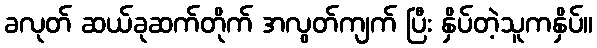
ခလုတ် ဆယ်ခုဆက်တိုက် အလွတ်ကျက် ပြီး နှိပ်တဲ့သူကနှိပ်။